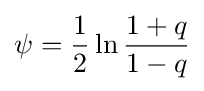
\psi ={\frac {1}{2}}\ln {\frac {1+q}{1-q}}